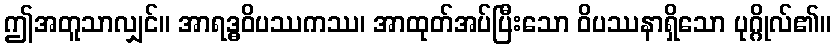
ဤအတူသာလျှင်။ အာရဒ္ဓဝိပဿကဿ၊ အာထုတ်အပ်ပြီးသော ဝိပဿနာရှိသော ပုဂ္ဂိုလ်၏။